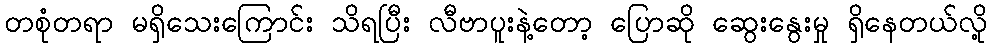
တစုံတရာ မရှိသေးကြောင်း သိရပြီး လီဗာပူးနဲ့တော့ ပြောဆို ဆွေးနွေးမှု ရှိနေတယ်လို့